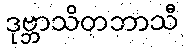
ဒုဗ္ဘာသိတဘာသီ